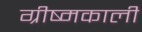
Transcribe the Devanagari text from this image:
ग्रीष्मकाली